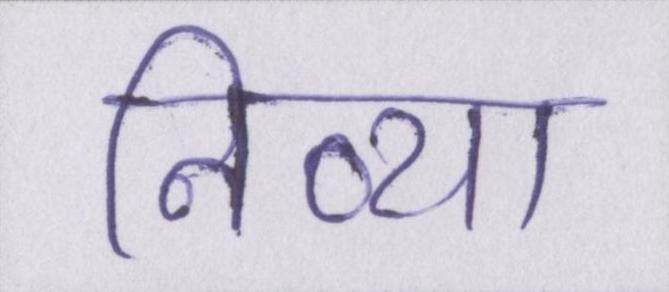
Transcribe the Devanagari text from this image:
निव्या